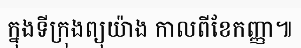
ក្នុងទីក្រុងព្យុយ៉ាង កាលពីខែកញ្ញា៕